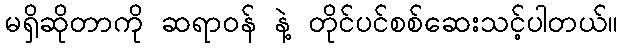
မရှိဆိုတာကို ဆရာဝန် နဲ့ တိုင်ပင်စစ်ဆေးသင့်ပါတယ်။